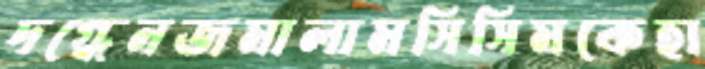
দগ্ধেনজমালামসিসিমকেহা